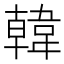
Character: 韓